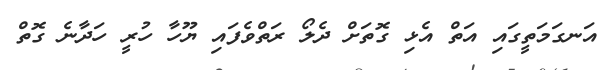
އަނގަމަތީގައި އަތް އެޅި ގޮތަށް ދެލޯ ރަތްވެފައި ޔޫހާ ހުރީ ހަދާނެ ގޮތް